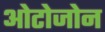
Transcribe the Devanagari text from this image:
ओटोजोन